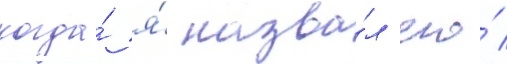
когда́ я́ назва́л его́